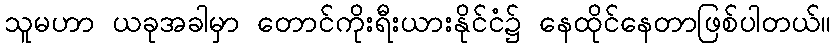
သူမဟာ ယခုအခါမှာ တောင်ကိုးရီးယားနိုင်ငံ၌ နေထိုင်နေတာဖြစ်ပါတယ်။